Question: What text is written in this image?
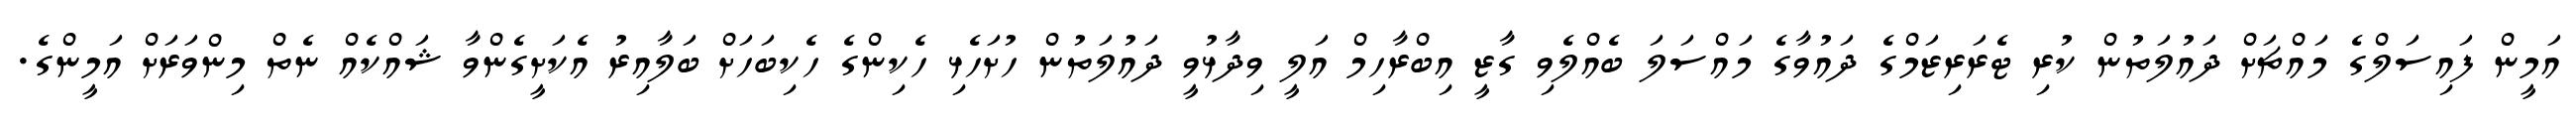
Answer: އަމީން ފައިސަލްގެ މައްޗަށް ދައުލަތުން ކުރި ޓެރަރިޒަމްގެ ދައުވާގެ މައްސަލަ ބެއްލެވި ގާޒީ އިބްރާހިމް އަލީ ވިދާޅުވީ ދައުލަތުން ހުށަހެޅި ހެކިންގެ ހެކިބަހަށް ބަލާއިރު އެކަށީގެންވާ ޝައްކެއް ނެތް މިންވަރަށް އަމީންގެ.